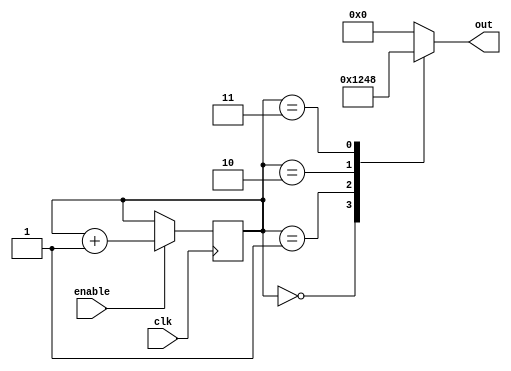
module ring_counter(
    input wire clk, // Clock signal
    input wire enable, // Enable signal
    output reg [3:0] out // Output signal
);

reg [3:0] count;

always @(posedge clk) begin
    if(enable) begin
        count <= count + 1;
    end
end

always @* begin
    case(count)
        0: out = 4'b0001;
        1: out = 4'b0010;
        2: out = 4'b0100;
        3: out = 4'b1000;
        default: out = 4'b0000;
    endcase
end

endmodule